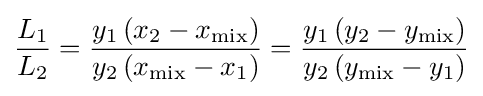
{\frac {L_{1}}{L_{2}}}={\frac {y_{1}\left(x_{2}-x_{\mathrm {mix} }\right)}{y_{2}\left(x_{\mathrm {mix} }-x_{1}\right)}}={\frac {y_{1}\left(y_{2}-y_{\mathrm {mix} }\right)}{y_{2}\left(y_{\mathrm {mix} }-y_{1}\right)}}